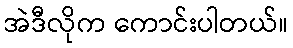
အဲဒီလိုက ကောင်းပါတယ်။